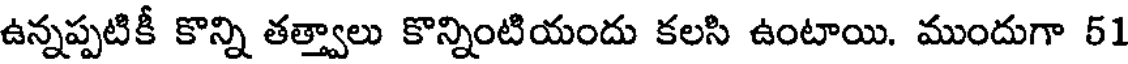
ఉన్నప్పటికీ కొన్ని తత్త్వాలు కొన్నింటియందు కలసి ఉంటాయి. ముందుగా 51